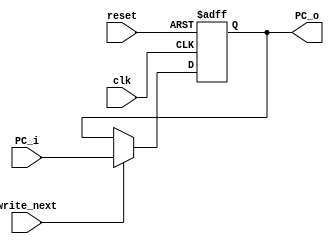
module PC(clk, reset, write_next, PC_i, PC_o);
	input clk;
	input reset;
	input write_next;
	input [31:0] PC_i;
	output reg [31:0] PC_o;
	
	always@(negedge clk or negedge reset)
		begin
		if(!reset)
			begin
			PC_o <= 32'h0000_3000;
			end
		else if(write_next)
			begin
			PC_o <= PC_i;
			end
		else
			begin
			PC_o <= PC_o;
			end
		end
endmodule